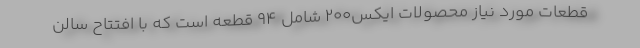
قطعات مورد نياز محصولات ايكس200 شامل 94 قطعه است که با افتتاح سالن